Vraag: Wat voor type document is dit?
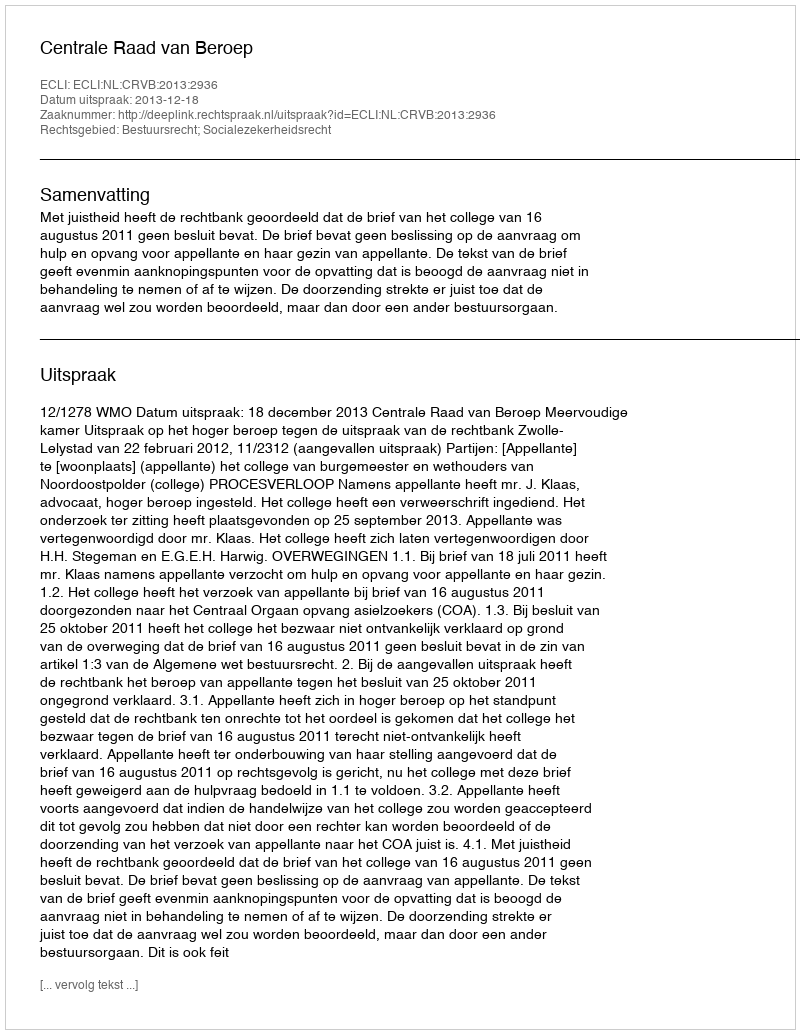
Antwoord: Uitspraak